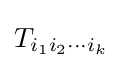
T_{i_{1}i_{2}\cdots i_{k}}